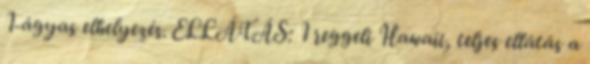
1-ágyas elhelyezés. ELLÁTÁS: 1 reggeli Hawaii, teljes ellátás a